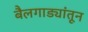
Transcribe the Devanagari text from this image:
बैलगाड्यांतून